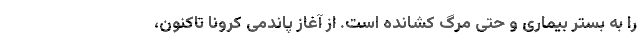
را به بستر بیماری و حتی مرگ کشانده است. از آغاز پاندمی کرونا تاکنون،